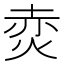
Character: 𭴩